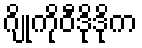
ဂျိုကိုဝီဒိုဒိုက